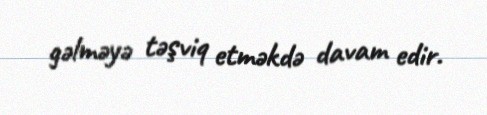
gəlməyə təşviq etməkdə davam edir.